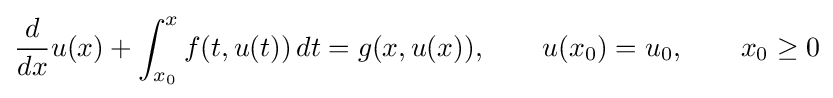
{\frac {d}{dx}}u(x)+\int _{x_{0}}^{x}f(t,u(t))\,dt=g(x,u(x)),\qquad u(x_{0})=u_{0},\qquad x_{0}\geq 0